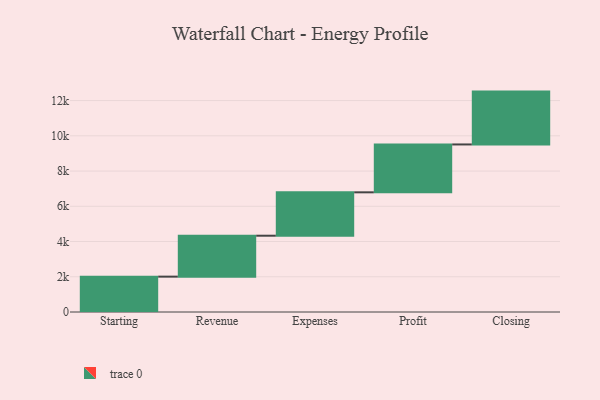
{"axis": {"x": "Step", "y": "Value"}, "legend": [""], "data": [{"x": "Starting", "y": 2007.0, "type": ""}, {"x": "Revenue", "y": 2323.0, "type": ""}, {"x": "Expenses", "y": 2463.0, "type": ""}, {"x": "Profit", "y": 2717.0, "type": ""}, {"x": "Closing", "y": 3000, "type": ""}]}